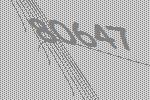
80647